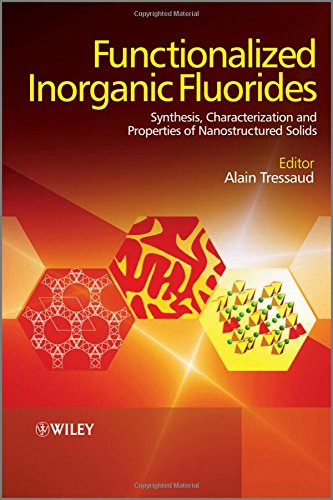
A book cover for Functionalized Inorganic Fluorides: Synthesis, Characterization and Properties of Nanostructured Solids; Science & Math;